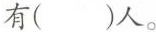
有()人。